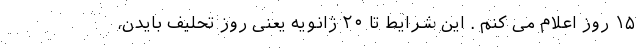
۱۵ روز اعلام می کنم . این شرایط تا ۲۰ ژانویه یعنی روز تحلیف بایدن،